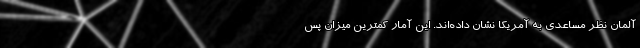
آلمان نظر مساعدی به آمریکا نشان داده‌اند. این آمار کمترین میزان پس